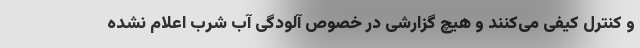
و کنترل کیفی می‌کنند و هیچ گزارشی در خصوص آلودگی آب شرب اعلام نشده